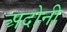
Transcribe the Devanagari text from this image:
अदोनी